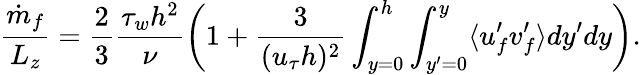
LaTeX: \frac{\dot{m}_{f}}{L_{z}}=\frac{2}{3}\frac{\tau_{w}h^{2}}{\nu}\left(1+\frac{3}{(u_{\tau}h)^{2}}\int_{y=0}^{h}\int_{y^{\prime}=0}^{y}\langle u_{f}^{\prime}v_{f}^{\prime}\rangle dy^{\prime}dy\right).